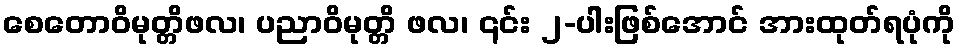
စေတောဝိမုတ္တိဖလ၊ ပညာဝိမုတ္တိ ဖလ၊ ၎င်း ၂-ပါးဖြစ်အောင် အားထုတ်ရပုံကို